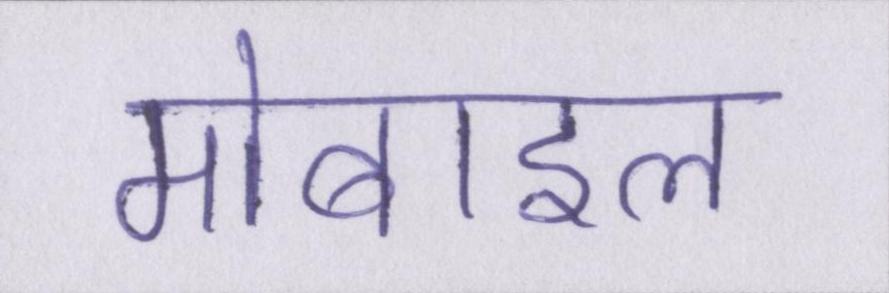
मोबाइल